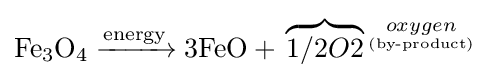
{\mathrm {Fe} {\vphantom {A}}_{\smash[{t}]{3}}\mathrm {O} {\vphantom {A}}_{\smash[{t}]{4}}{}\mathrel {\xrightarrow {\text{energy}} } {}{\text{3FeO}}{}+{}\overbrace {1/2O2} {\vphantom {A}}^{\underset {(\operatorname {by-product} )}{oxygen}}}